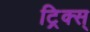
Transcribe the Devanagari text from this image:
ट्रिक्स्